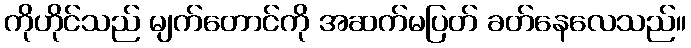
ကိုဟိုင်သည် မျက်တောင်ကို အဆက်မပြတ် ခတ်နေလေသည်။